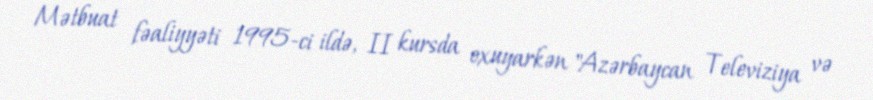
Mətbuat fəaliyyəti 1995-ci ildə, II kursda oxuyarkən "Azərbaycan Televiziya və